Annual report on the Civil Veterinary Department, Burma (including the Insein Veterinary School) - 1932-1941
Year: 1932
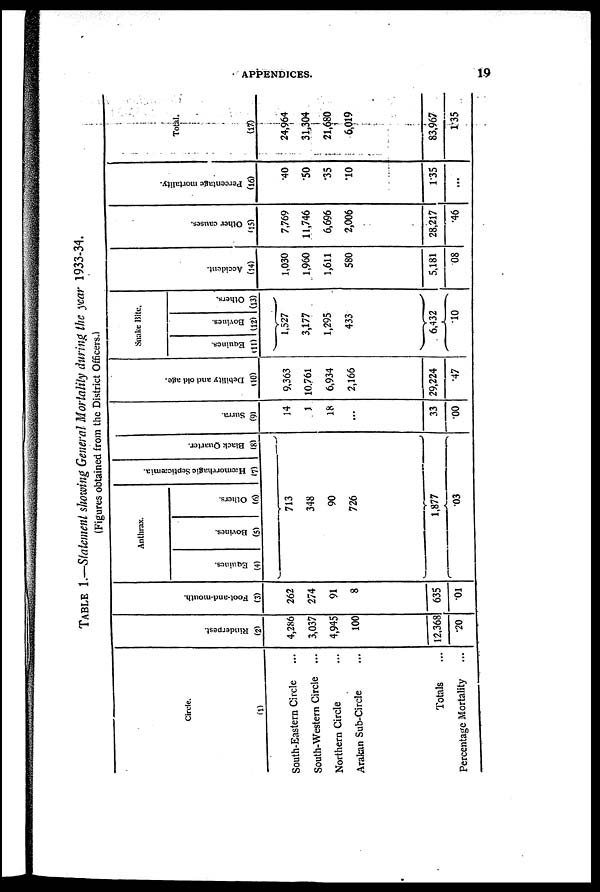
APPENDICES.
19
TABLE 1.—Statement showing General Mortality during the year 1933-34.
(Figures obtained from the District Officers.)
Circle.
(1)
South-Eastern Circle ...
South-Western Circle ...
Northern Circle ...
Arakan Sub-Circle ...
Totals ...
Percentage Mortality ...
Ri nder pes t
.
(2)
4,286
3,037
4,945
100
12,368
.20
Foot- a nd- mouth.
(3)
262
274
91
8
635
.01
Anthrax.
Equines.
(4)
Bovines.
(5)
Others.
(6)
713
348
90
726
1,877
.03
Hæmorrhagic Septicæmia.
(7)
Black Quar t
er .
(8)
Sur r a.
(9)
14
1
18
...
33
.00
Debility and old age.
(10)
9,363
10,761
6,934
2,166
29,224
47
Snake Bite.
Equines.
(11)
Bovines.
(12)
1,527
3,177
1,295
433
Others.
(13)
6,432
.10
Accident.
(14)
1,030
1,960
1,611
580
5,181
08
Other causes.
(15)
7,769
11,746
6,696
2,006
28,217
.46
Percentage mortality.
(16)
.40
.50
.35
.10
1.35
...
Total.
(17)
24,964
31,304
21,680
6,019
83,967
1.35